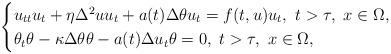
LaTeX: \begin{align*}\begin{cases}u_{tt}u_t+\eta\Delta^2 uu_t+a(t)\Delta\theta u_t=f(t,u)u_t,\ t>\tau,\ x\in\Omega,\\\theta_t\theta-\kappa\Delta \theta\theta-a(t)\Delta u_t\theta=0,\ t>\tau,\ x\in\Omega,\end{cases}\end{align*}